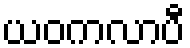
ယဝကလာပီ